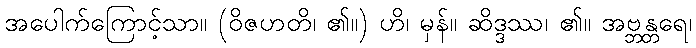
အပေါက်ကြောင့်သာ။ (ဝိဇဟတိ၊ ၏။) ဟိ၊ မှန်။ ဆိဒ္ဒဿ၊ ၏။ အဗ္ဘန္တရေ၊